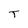
Character: T